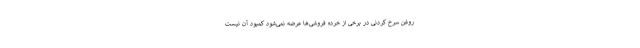
روغن سرخ کردنی در برخی از خرده فروشی‌ها عرضه نمی‌شود کمبود آن نیست